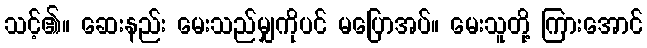
သင့်၏။ ဆေးနည်း မေးသည်မျှကိုပင် မပြောအပ်။ မေးသူတို့ ကြားအောင်